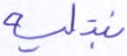
نبتليه